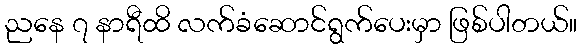
ညနေ ၇ နာရီထိ လက်ခံဆောင်ရွက်ပေးမှာ ဖြစ်ပါတယ်။